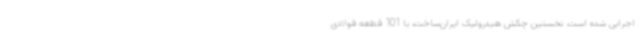
اجرایی شده است. نخستین چکش هیدرولیک ایران‌ساخت، با 101 قطعه فولادی